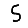
Digit: 5